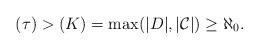
LaTeX: \begin{align*}(\tau) > (K) = \max( |D|, |\mathcal{C}|) \geq \aleph_0.\end{align*}